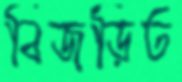
বিজড়িত